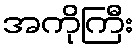
အကိုကြီး